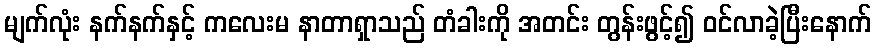
မျက်လုံး နက်နက်နှင့် ကလေးမ နာတာရှာသည် တံခါးကို အတင်း တွန်းဖွင့်၍ ဝင်လာခဲ့ပြီးနောက်